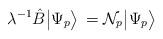
LaTeX: \begin{align*}\lambda^{-1}\hat B\big|\Psi_p\big>\,={\cal N}_p\big|\Psi_p\big> \,\end{align*}